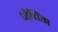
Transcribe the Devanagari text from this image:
जैचिंग